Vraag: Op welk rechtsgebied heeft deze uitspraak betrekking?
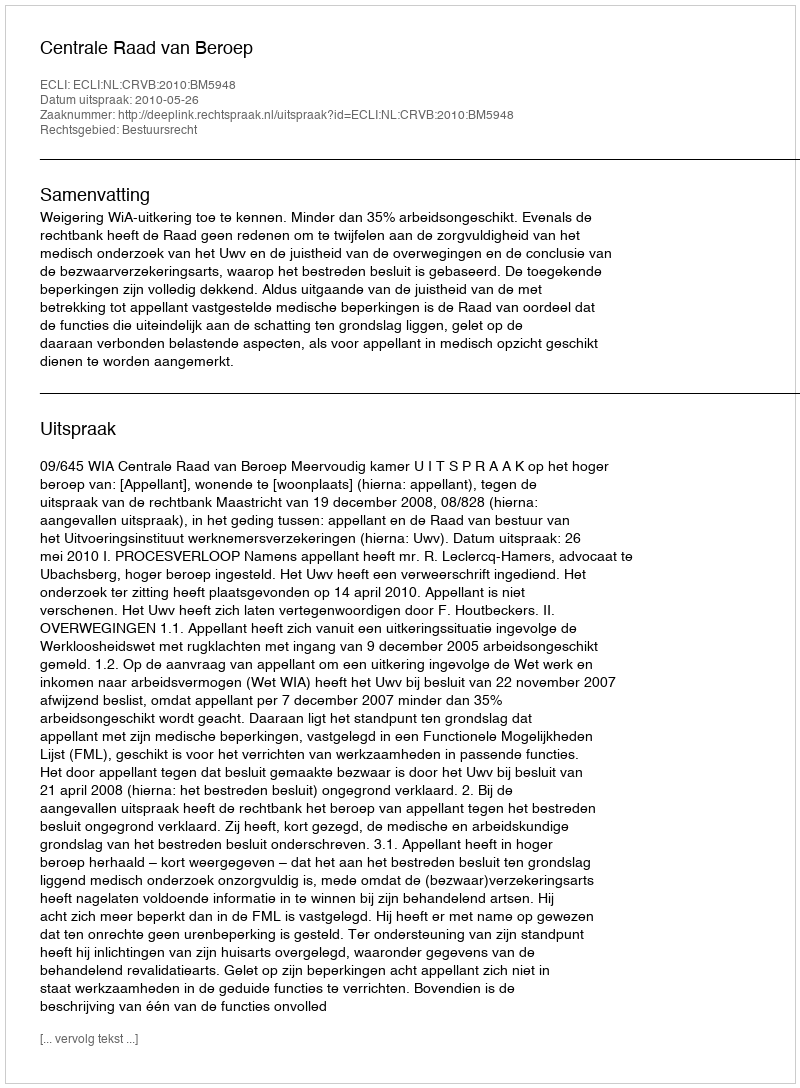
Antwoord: Bestuursrecht